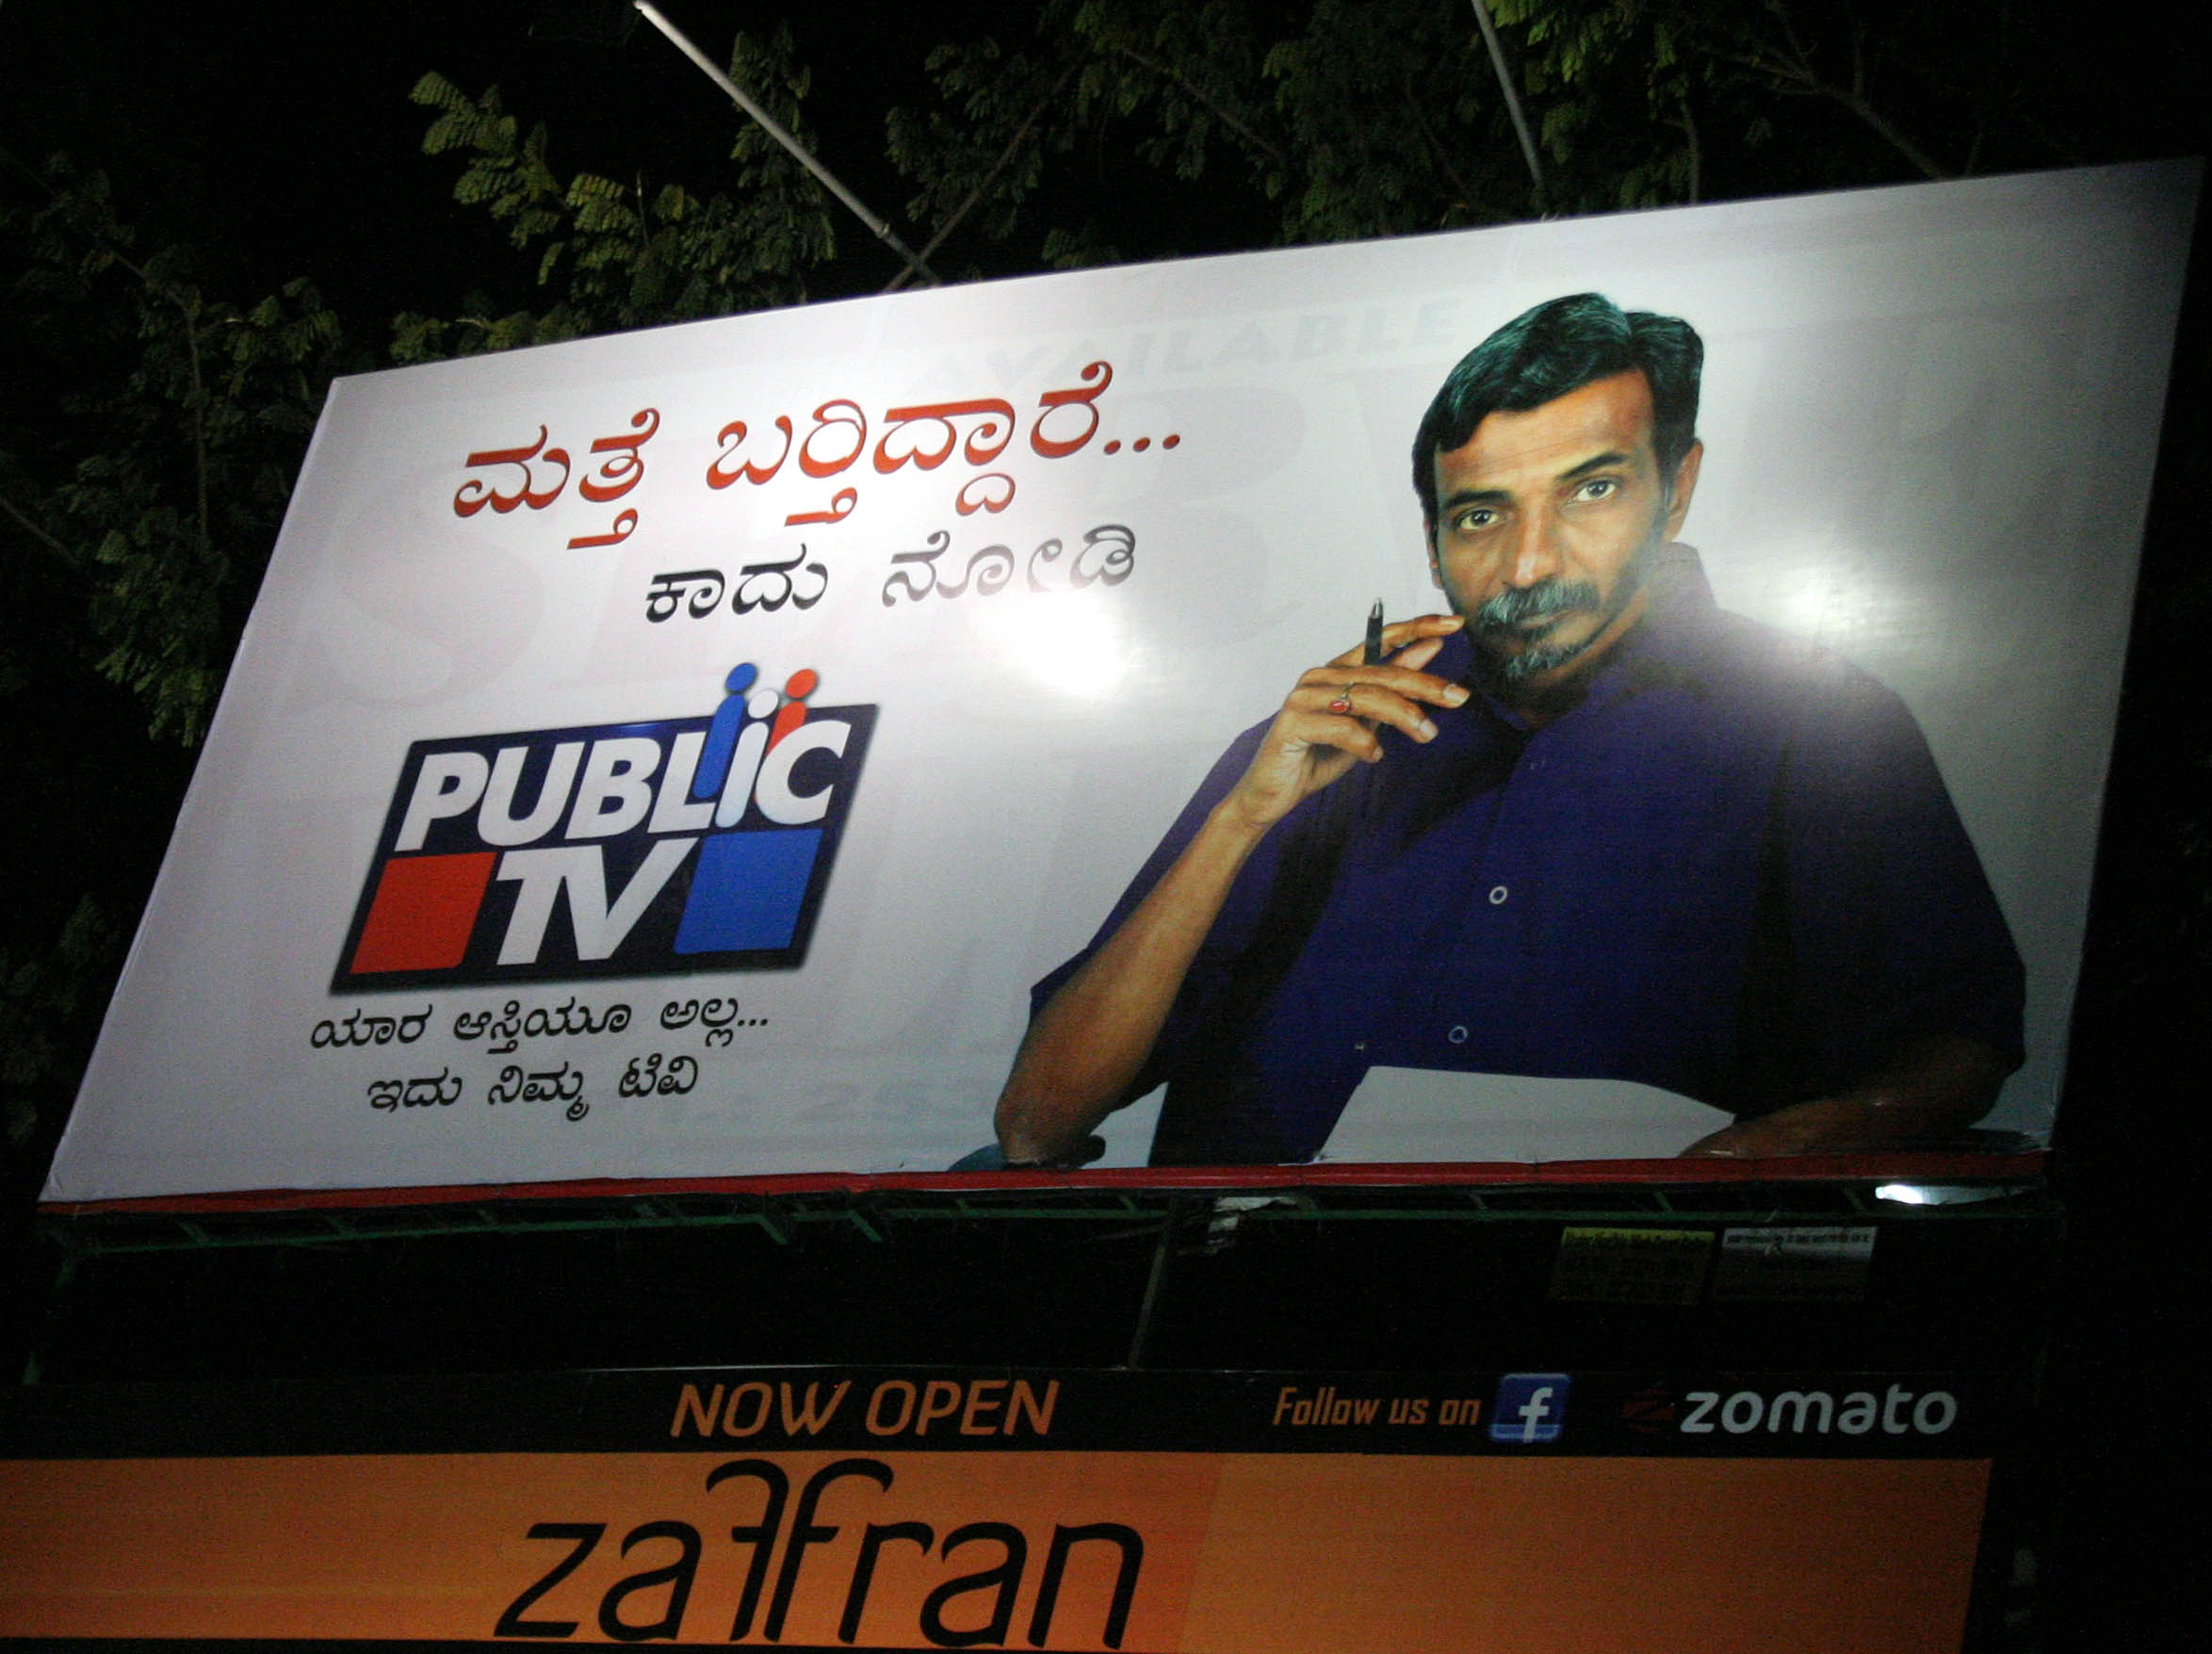
Language: kannada
Transcription: ಮತ್ತೆ ಯಾರ ಇದು ಆಸ್ತಿಯೂ ನೋಡಿ ಬರ್ತಿದ್ದಾರೆ.. ಟಿವಿ ಕಾದು